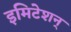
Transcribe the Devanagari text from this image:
इमिटेशन्